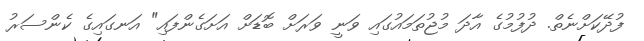
ފުދޭކަށްނެތް. ދުފުމުގެ އާދަ މުޖުތަމައުގައި ވަނީ ވަރަށް ބޮޑަށް އަށަގެންފައި" އަނގައިގެ ކެންސަރު